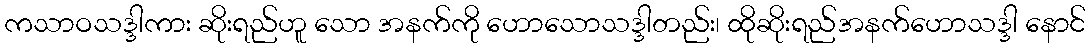
ကသာဝသဒ္ဒါကား ဆိုးရည်ဟူ သော အနက်ကို ဟောသောသဒ္ဒါတည်း၊ ထိုဆိုးရည်အနက်ဟောသဒ္ဒါ နောင်